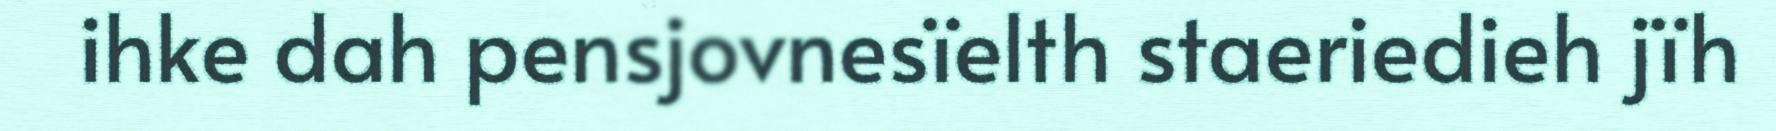
ihke dah pensjovnesïelth staeriedieh jïh